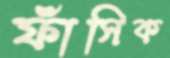
ফাঁসিক